Annual administration report of the Civil Veterinary Department of India - 1906-1907
Year: 1906
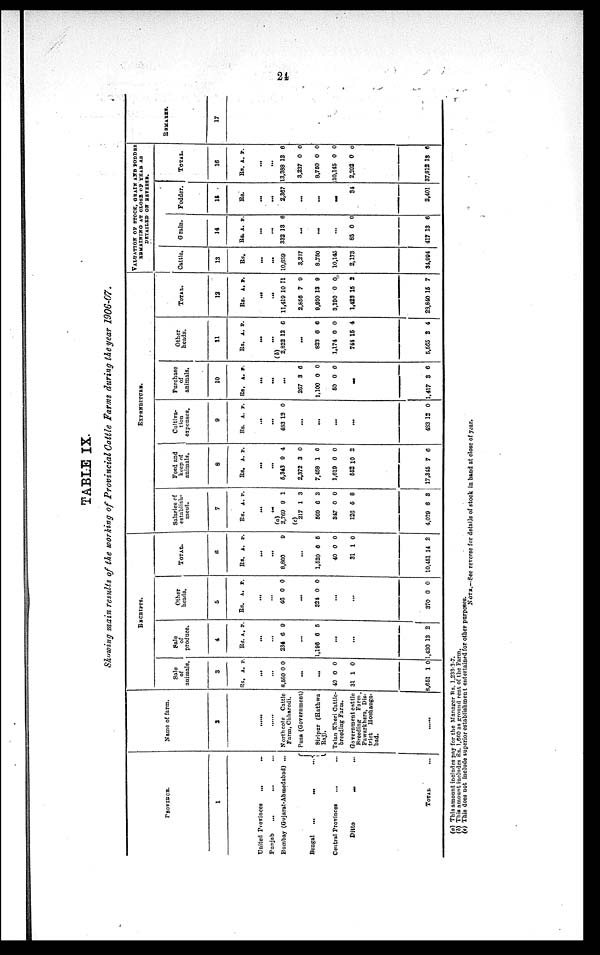
24
TABLE IX.
Showing main results of the working of Provincial Cattle Farms during the year 1906-07.
PROVINCE.
1
United Provinces
...
...
Punjab
...
... ...
Bombay (Gujarat-Ahmedabad) ...
Bengal
...
...
...
Central Provinces
... ...
Ditto
...
...
TOTAL ...
Name of farm.
2
......
North cote Cattle
Farm, Chharodi.
Pusa (Government)
Siripur (Hathwa
Raj).
Telan Kheri Cattle-
breeding Farm.
Government cattle
Breeding
Farm,
Pawarkhera, Dis-
trict
Hoshanga-
bad.
......
RECEIPTS.
Sale
of
animals.
3
Rs.
8,580
40
31
8,651
A.
...
...
0
...
...
0
1
1
P.
0
0
0
0
Sale
of
produce.
4
Rs.
234
1,196
...
...
1,430
A.
...
...
6
...
6
13
P.
9
5
2
Other
heads.
5
Rs.
...
...
46
...
324
...
...
370
A.
0
0
0
P.
0
0
0
TOTAL.
6
Rs.
...
...
8,860
...
1,520
40
31
10,451
A.
6
0
1
14
P.
9
5
0
0
2
EXPENDITURS.
Salaries of
establish-
ment.
7
Rs.
...
...
(a)
2,769
(c)
217
569
347
126
4,029
A.
9
1
6
0
5
6
P.
1
3
3
0
8
3
Feed and
keep of
animals.
8
Rs.
...
...
5,343
2,372
7,458
1,619
552
17,345
A.
9
3
1
0
10
7
P.
4
0
0
0
2
6
Cultiva-
tion
expenses.
9
Rs.
...
483
483
A.
...
12
...
...
...
...
12
P.
0
0
Purchase
of
animals.
10
Rs.
267
1,100
50
1,417
A.
...
...
...
3
0
0
...
3
P.
6
0
0
6
Other
heads.
11
Rs.
...
...
(b) 2,822
...
823
1,174
744
5,565
A.
12
6
0
15
2
P.
6
6
0
4
4
TOTAL.
12
Rs.
11,419
2,856
9,950
3,190
1,423
28,840
A.
...
...
10
7
13
0
15
15
P.
11
9
9
0
2
7
VALUATION OF STOCK, GRAIN AND FODDER
REMAINING AT CLOSE OF YEAR AS
DETAILED ON REVERSE.
Cattle.
13
Rs.
...
...
10,689
3,237
8,750
10,145
2,173
34,994
Grain.
14
Rs.
332
85
417
A.
...
...
13
...
...
0
13
P.
6
0
6
Fodder.
15
Rs.
...
...
2,367
...
...
...
34
2,401
TOTAL.
16
Rs.
13,388
3,237
8,750
10,145
2,292
37,812
A.
...
...
13
0
0
0
0
13
P.
6
0
0
0
0
6
REMARKS.
17
(a) This amount includes pay for the Manager Rs. 1,233-3-7.
(b) This amount includes Rs. 1,660 as ground rent of the Farm.
(c) This does not include superior establishment entertained for other purposes.
NOTE . —See reverse for details of stock in hand at close of year.